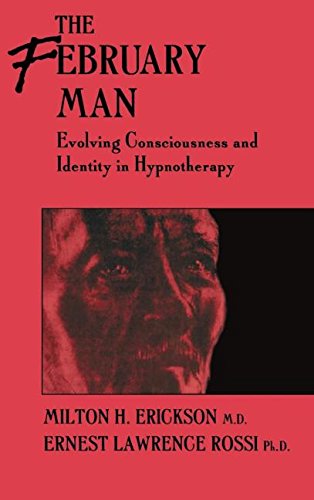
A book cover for The February Man: Evolving Consciousness and Identity in Hypnotherapy; Milton Erickson; Health, Fitness & Dieting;